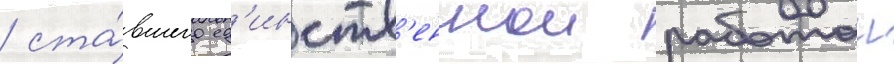
/ ста́вшего ед'инств'еннои работои